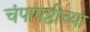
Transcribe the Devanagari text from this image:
चंपाषष्ठीच्या